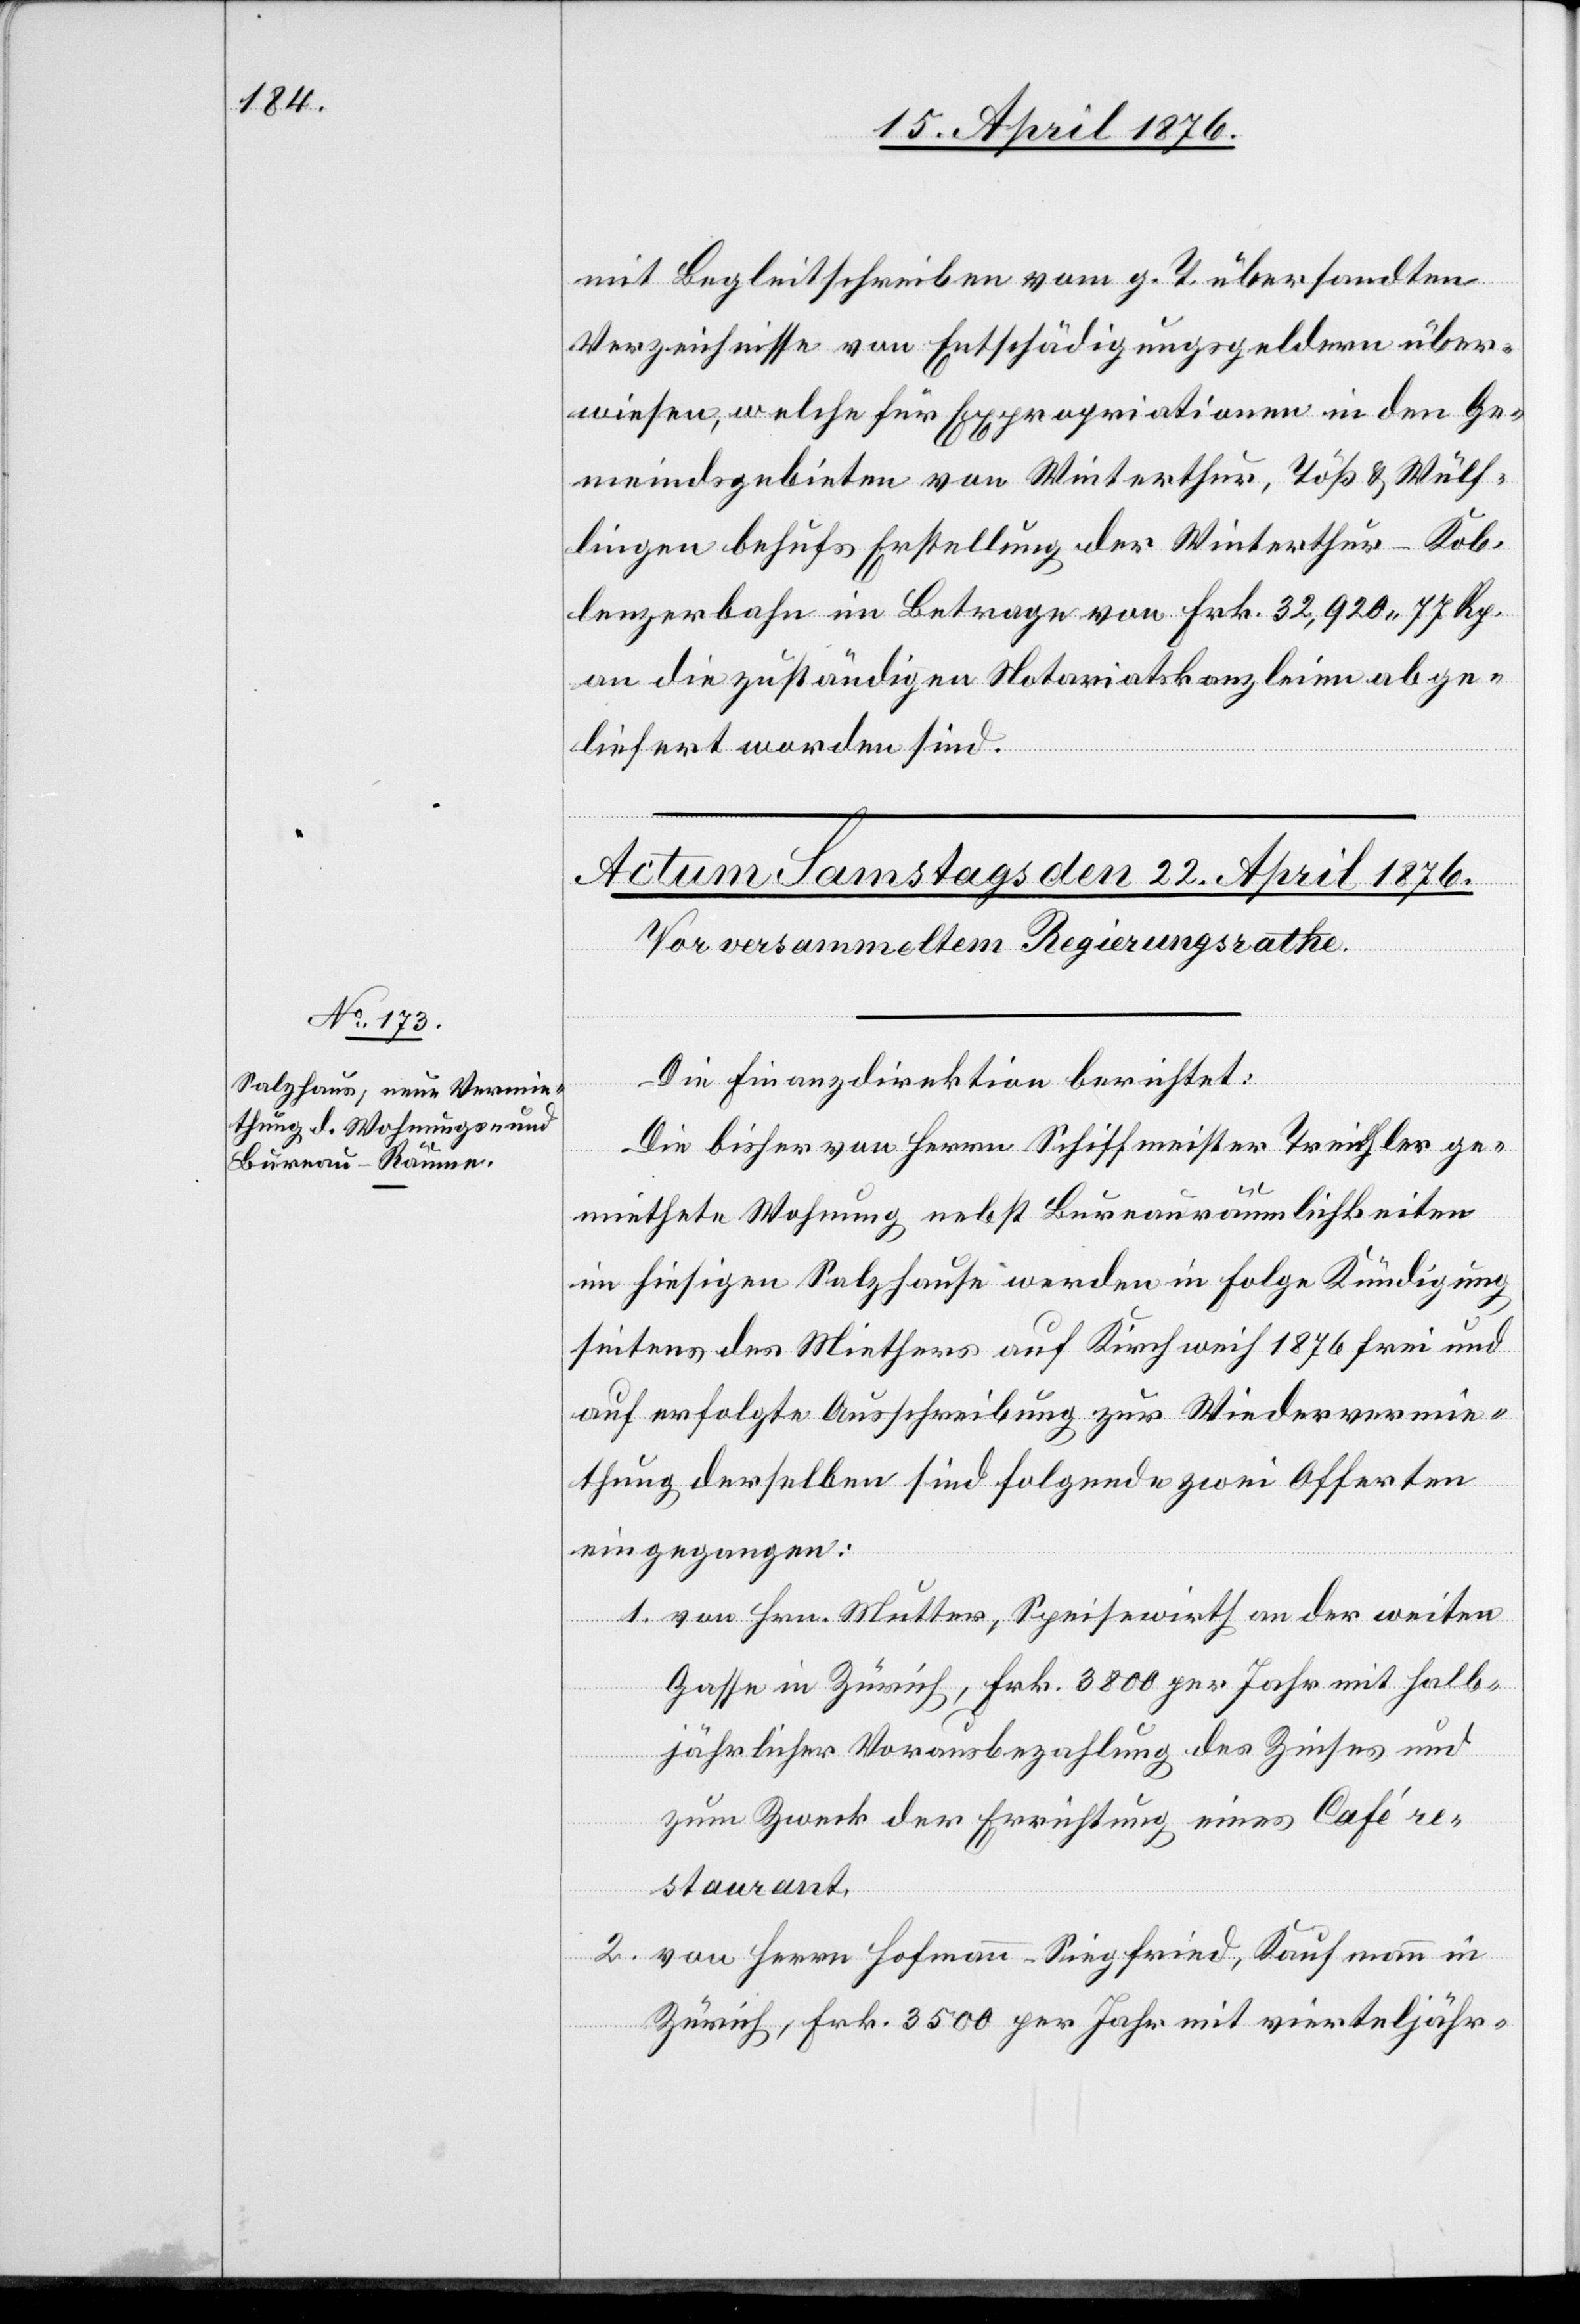
mit Begleitschreiben vom g. T. übersandten
Verzeichnisse von Entschädigungsgeldern über¬
wiesen, welche für Expropriationen in den Ge¬
meindsgebieten von Winterthur, Töß & Wülf¬
lingen behufs Erstellung der Winterthur–Kob¬
lenzerbahn im Betrage von Frk. 32,920 77 Rp.
an die zuständigen Notariatskanzleien abge¬
liefert worden sind.
Die Finanzdirektion berichtet:
Die bisher von Herrn Schiffmeister Treichler ge¬
miethete Wohnung nebst Bureauräumlichkeiten
im hiesigen Salzhaus werden in Folge Kündigung
seitens des Miethers auf Kirchweih 1876 frei und
auf erfolgte Ausschreibung zur Wiedervermie¬
thung derselben sind folgende zwei Offerten
eingegangen:
1. von Hrn. Mutter, Speisewirth an der weiten
Gasse in Zürich, Frk. 3800 per Jahr mit halb¬
jährlicher Vorausbezahlung des Zinses und
zum Zweck der Errichtung eines Café re¬
staurant.
2. von Herrn Hofmann-Siegfried, Kaufmann in
Zürich, Frk. 3500 per Jahr mit vierteljähr-